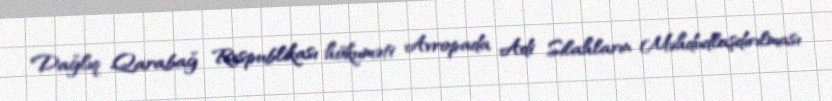
Dağlıq Qarabağ Respublikası hökuməti Avropada Adi Silahların Məhdudlaşdırılması